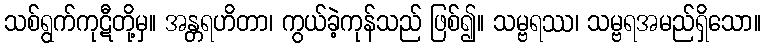
သစ်ရွက်ကုဋီတို့မှ။ အန္တရဟိတာ၊ ကွယ်ခဲ့ကုန်သည် ဖြစ်၍။ သမ္ဗရဿ၊ သမ္ဗရအမည်ရှိသော။